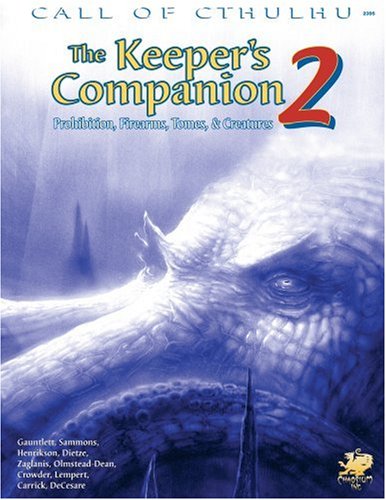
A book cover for The Keeper's Companion 2: Prohibition, Firearms, Tomes, & Creatures (Call of Cthulhu roleplaying); Adam Gauntlett; Science Fiction & Fantasy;